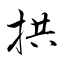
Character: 拱